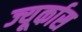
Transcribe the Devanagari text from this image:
ज्यूर्कास